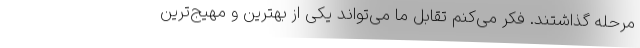
مرحله گذاشتند. فکر می‌کنم تقابل ما می‌تواند یکی از بهترین و مهیج‌ترین